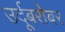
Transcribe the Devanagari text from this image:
उर्दूबरोबर